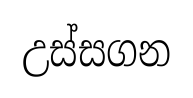
උස්සගන